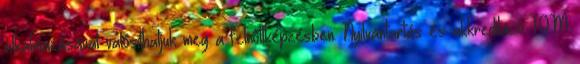
alkalmazásával valósíthatjuk meg a felnőttképzésben: Nyilvántartás és akkreditáció TQM